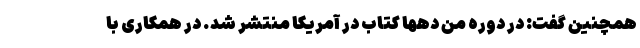
همچنین گفت: در دوره من دهها کتاب در آمریکا منتشر شد. در همکاری با